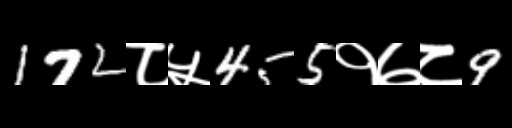
Text: 172८५455१७८9